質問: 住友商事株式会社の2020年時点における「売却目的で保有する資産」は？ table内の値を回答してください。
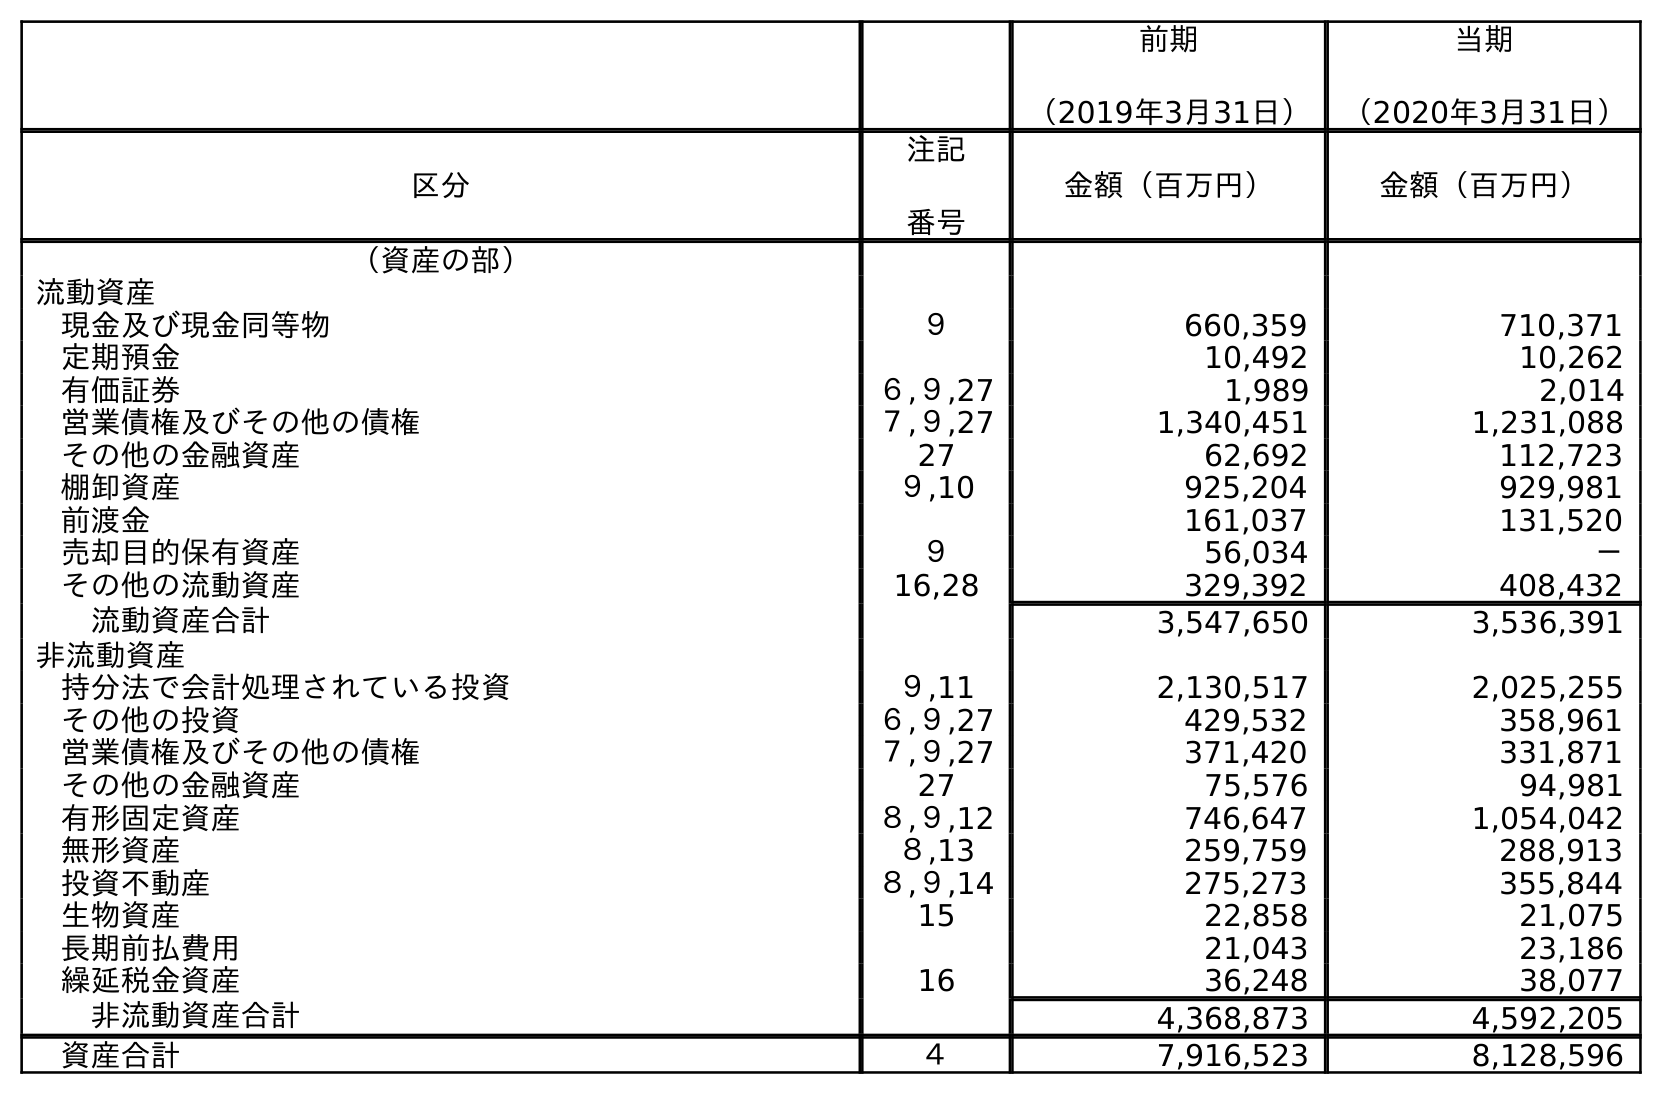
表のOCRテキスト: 前期 （2019年3月31日） 当期 （2020年3月31日） 区分 注記 番号 金額（百万円） 金額（百万円） （資産の部） 流動資産 現金及び現金同等物 ９ 660,359 710,371 定期預金 10,492 10,262 有価証券 ６,９,27 1,989 2,014 営業債権及びその他の債権 ７,９,27 1,340,451 1,231,088 その他の金融資産 27 62,692 112,723 棚卸資産 ９,10 925,204 929,981 前渡金 161,037 131,520 売却目的保有資産 ９ 56,034 － その他の流動資産 16,28 329,392 408,432 流動資産合計 3,547,650 3,536,391 非流動資産 持分法で会計処理されている投資 ９,11 2,130,517 2,025,255 その他の投資 ６,９,27 429,532 358,961 営業債権及びその他の債権 ７,９,27 371,420 331,871 その他の金融資産 27 75,576 94,981 有形固定資産 ８,９,12 746,647 1,054,042 無形資産 ８,13 259,759 288,913 投資不動産 ８,９,14 275,273 355,844 生物資産 15 22,858 21,075 長期前払費用 21,043 23,186 繰延税金資産 16 36,248 38,077 非流動資産合計 4,368,873 4,592,205 資産合計 ４ 7,916,523 8,128,596
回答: －